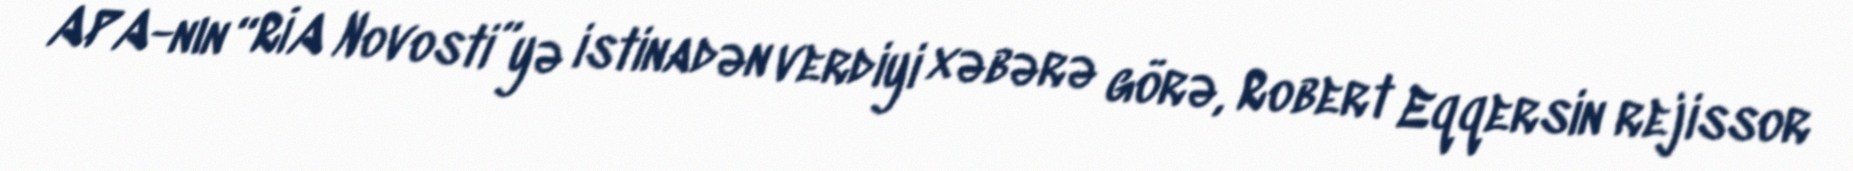
APA-nın “RİA Novosti”yə istinadən verdiyi xəbərə görə, Robert Eqqersin rejissor